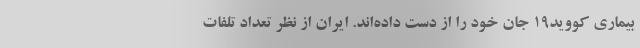
بیماری کووید۱۹ جان خود را از دست داده‌اند. ایران از نظر تعداد تلفات